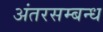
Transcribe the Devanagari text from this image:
अंतरसम्बन्ध